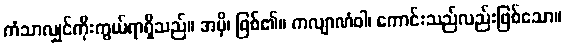
ကံသာလျှင်ကိုးကွယ်ရာရှိသည်။ အမှိ၊ ဖြစ်၏။ ကလျာဏံဝါ၊ ကောင်းသည်လည်းဖြစ်သော။